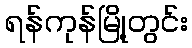
ရန်ကုန်မြို့တွင်း